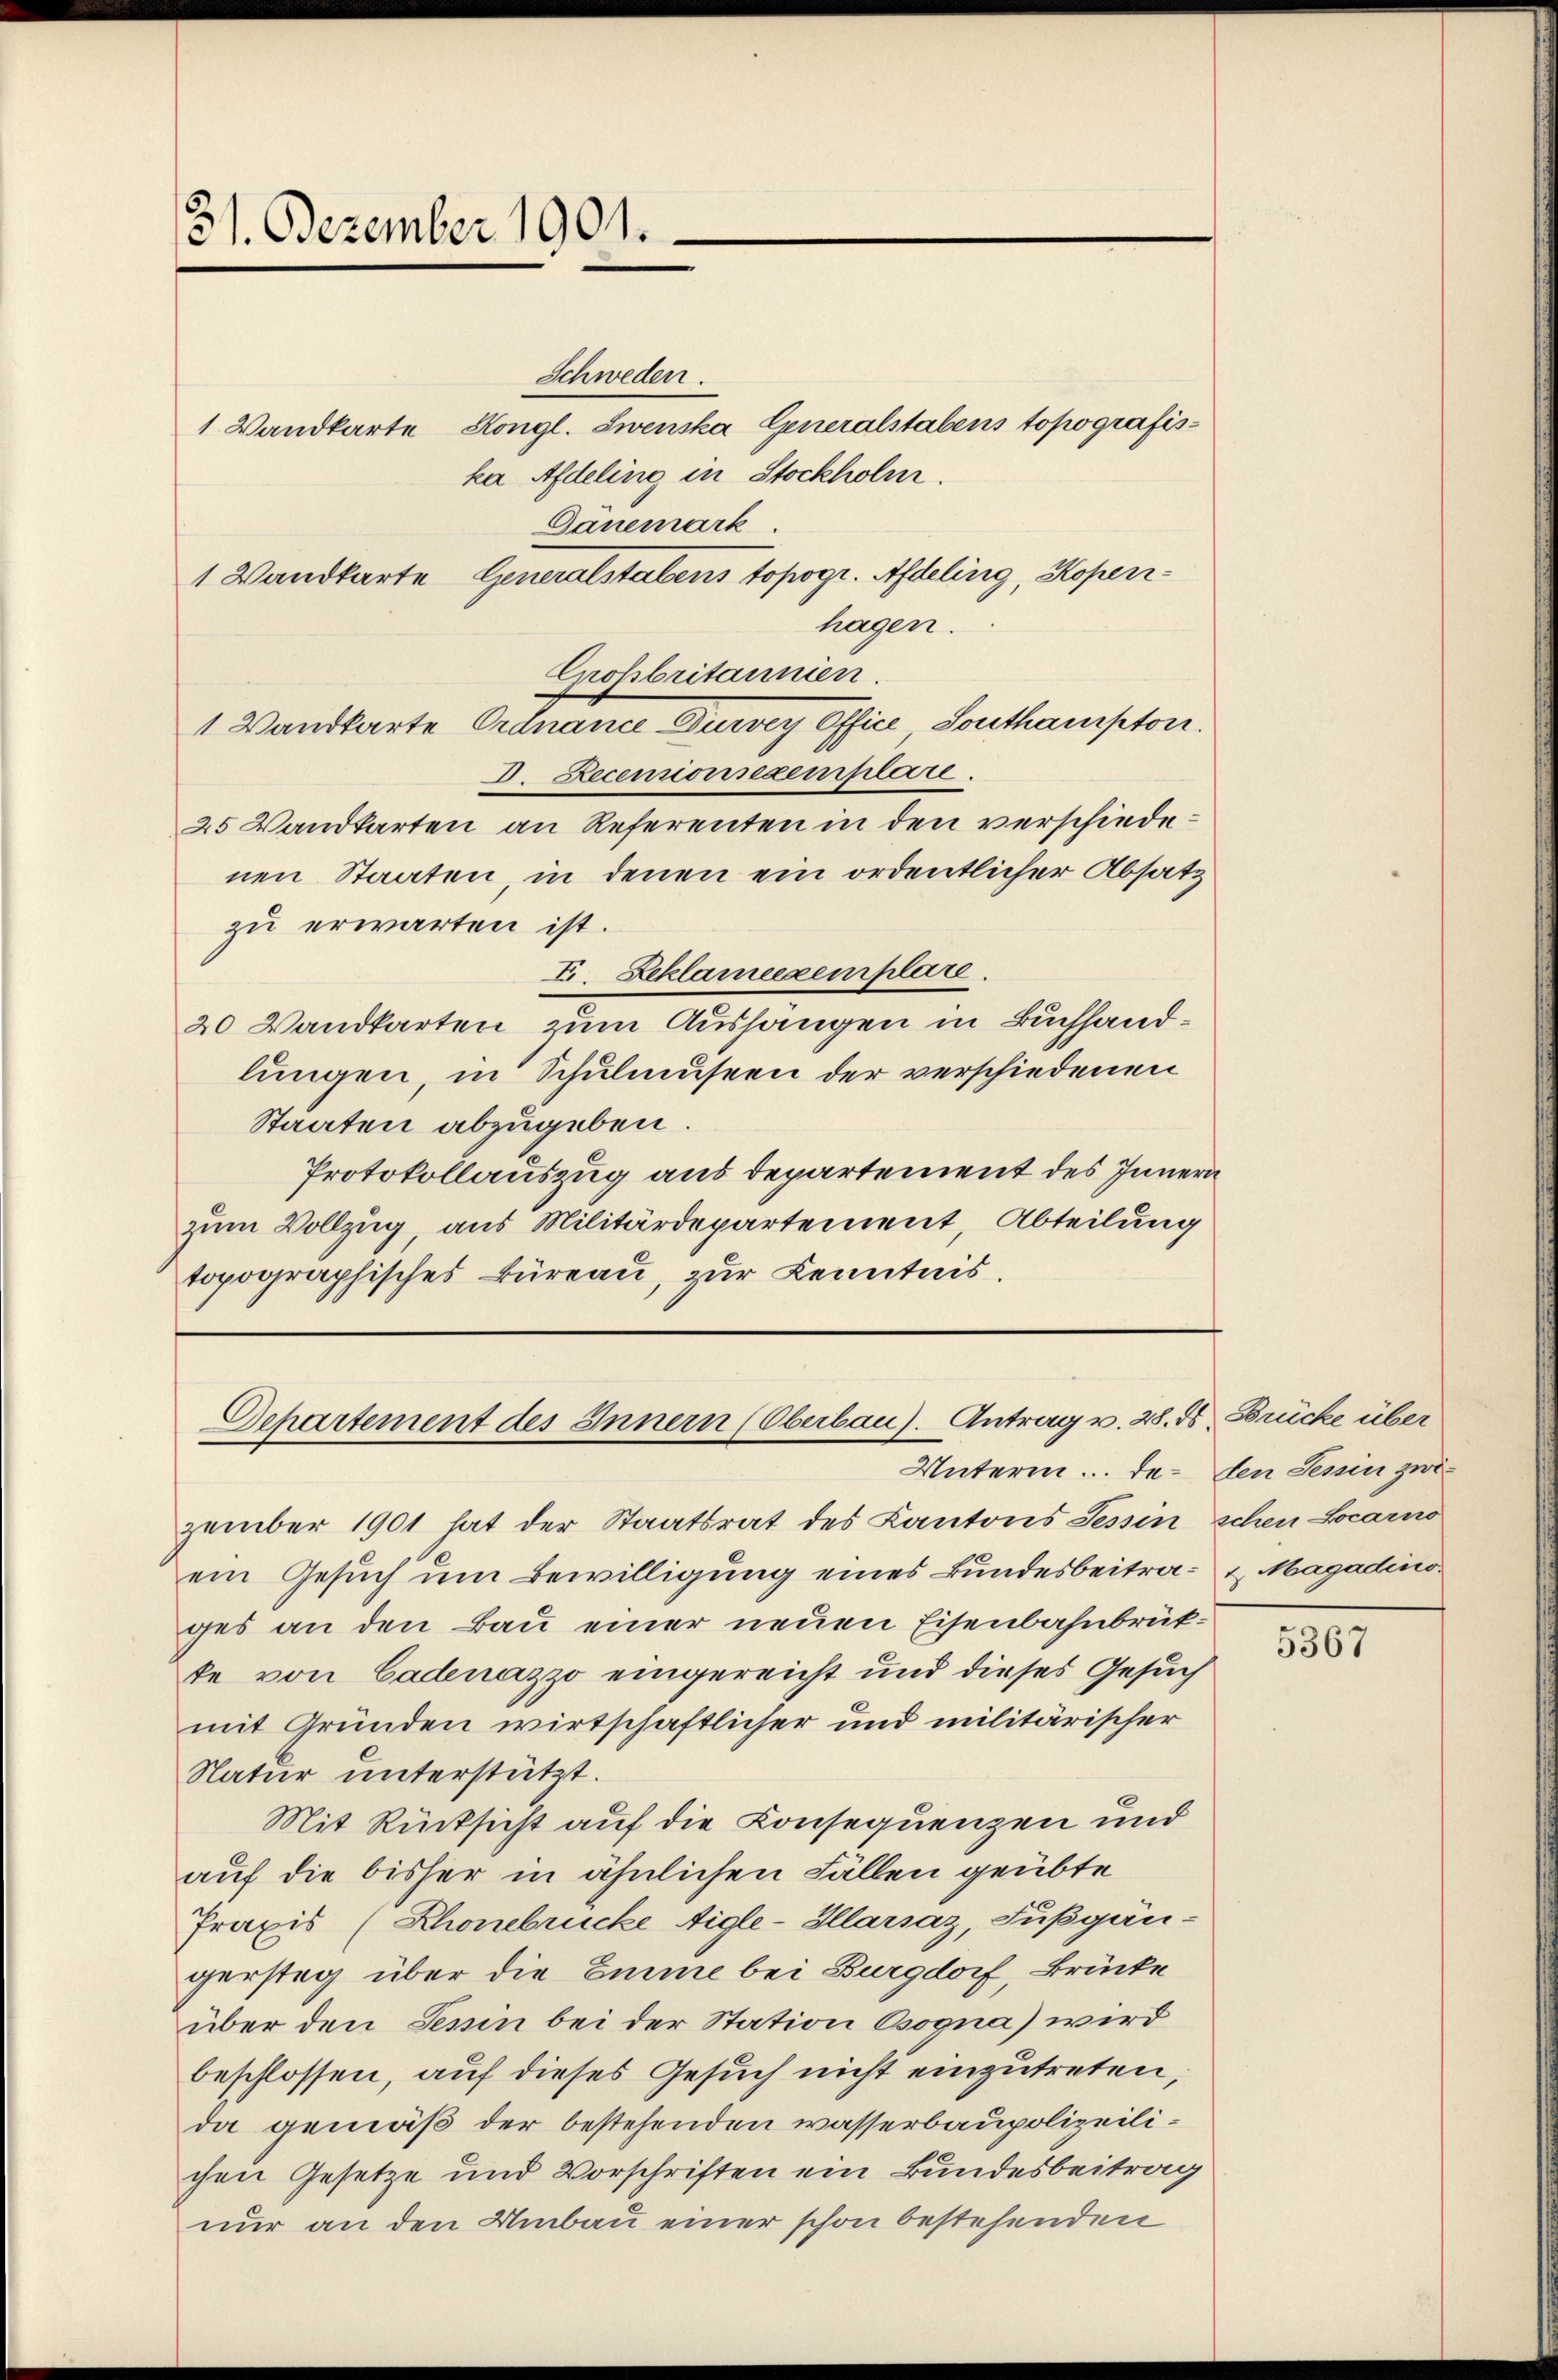
31. Dezember 1901.

Separtement des Innern (Oberbau). Antrag v. 28. ds Berücke über
Unterm ... e. den Tessin zwi¬

Schweden.
1 Wandkarte Kongl. Swenska Generalstabens topografiska Adeling in Stockholm.
Dänemark
1 Wandkarte Generalstabens topogr. Adeling, Koperihagen.
Großbritannien.
1 Wandkarte Ordnance Dürvey Office Southampton.
D. Recenionsexemplare.
25 Wandkarten an Referenten in den verschiedenen Staaten, in denen ein ordentlicher Absatz
zu erwarten ist.
F. Beklameexemplare.
20 Wandkarten zum Aushängen in Buchhandlungen, in Schulmuseen der verschiedenen
Staaten abzugeben
Protokollauszug aus departement des Innern
zum Vollzug aus Militärdepartement, Abteilung
topographisches Büreau, zur Kenntnis.

zember 1901 hat der Staatsrat des Kantons Tessin schen Locarno
ein Gesuch um Bewilligung eines Bundesbeitra- u. Magadino.
ges an den Bau einer neuen Eisenbahnbrükte von Cadenazzo eingereicht und dieses Gesuch
mit Gründen wirtschaftlicher und militärischer
Natur unterstützt.
Mit Rücksicht auf die Konsequenzen und
auf die bisher in ähnlichen Fällen geübte
Praxis (Rhonebrücke Aigle-Ilarsaz, Fußgän-
gerstag über die Emme bei Burgdorf, Brücke
über den Tessin bei der Station Csogna) wird
beschlossen, auf dieses Gesuch nicht einzutreten,
da gemäß der bestehenden wasserbaupolizeilichen Gesetze und Vorschriften ein Bundesbeitrag
nur an den Umbau einer schon bestehenden

5367